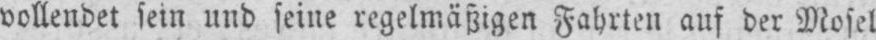
vollendet sein und seine regelmäßigen Fahrten auf der Mosel